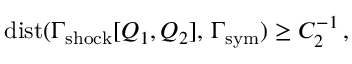
\mathrm { d i s t } ( \Gamma _ { \mathrm { s h o c k } } [ Q _ { 1 } , Q _ { 2 } ] , \, \Gamma _ { \mathrm { s y m } } ) \geq C _ { 2 } ^ { - 1 } \, ,